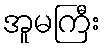
အူမကြီး